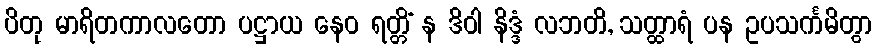
ပိတု မာရိတကာလတော ပဋ္ဌာယ နေဝ ရတ္တိံ န ဒိဝါ နိဒ္ဒံ လဘတိ, သတ္ထာရံ ပန ဥပသင်္ကမိတွာ